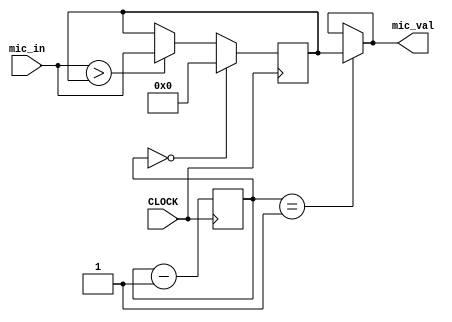
module peak_generator(input CLOCK, input[11:0] mic_in, output [11:0] mic_val);
    
    reg [14:0] count_change = 15'b1111111111111111;
    reg [11:0] max = 0;
    always@(posedge CLOCK) begin
         max <= (count_change == 0) ? 0  : ((mic_in>max) ? mic_in : max);
          count_change <= count_change-1;
    end
    assign mic_val = (count_change == 1)? max : mic_val;
//        end
//        else if ((mic_val - mic_in) > 12'd50) 
//            count_change <= count_change + 2;
           
        
//        else if((mic_val - mic_in) < 12'd51) begin
//           if(count_change > 0)
//                count_change <= count_change - 1;
//        end  
  
//        if(count_change >= 6'd27) begin //stable 23
//            mic_val <= mic_in;
//            count_change <= 0;
//        end
    
endmodule